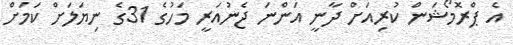
އެ ޕްރޮމޯޝަން ކުރިއަށް ދާނީ އަންނަ ޖެނުއަރީ މަހުގެ 31ގެ ނިޔަލަށް ކަމަށް